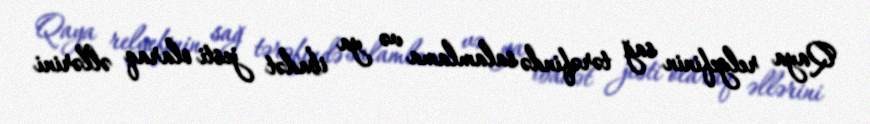
Qaya relyefinin sağ tərəfində salamlama və ya ibadət jesti olaraq əllərini